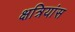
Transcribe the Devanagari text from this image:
क्षत्रियांस